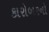
કારોબરનો